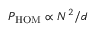
P _ { \mathrm { H O M } } \propto N ^ { 2 } / d